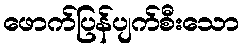
ဖောက်ပြန်ပျက်စီးသော